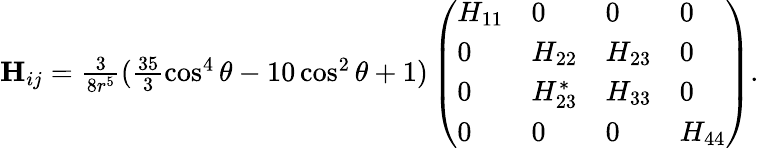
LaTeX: \begin{array}{r}{\mathbf{H}_{ij}=\frac{3}{8r^{5}}(\frac{35}{3}\cos^{4}\theta-10\cos^{2}\theta+1)\left(\begin{array}{llll}{H_{11}}&{0}&{0}&{0}\\ {0}&{H_{22}}&{H_{23}}&{0}\\ {0}&{H_{23}^{*}}&{H_{33}}&{0}\\ {0}&{0}&{0}&{H_{44}}\end{array}\right).}\end{array}